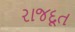
રાજદૂત